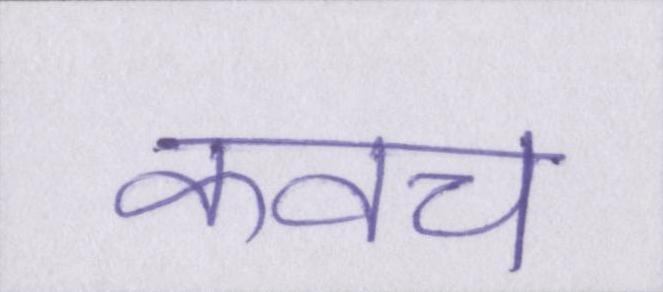
कवच